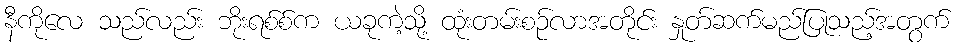
နီကိုလေ သည်လည်း ဘိုးရစ်စ်က ယခုကဲ့သို့ ထုံးတမ်းစဉ်လာအတိုင်း နှုတ်ဆက်မည်ပြုသည့်အတွက်